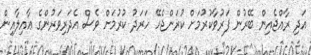
އަދި ރާއްޖެއިން ބޭރުން ފަރުވާކުރުމަށް ކުރަންޖެހޭ ހަރަދު ކުރުމަށް ވެސް އެދަރިވަރުންގެ ޢާއިލާއިން